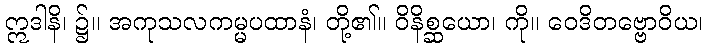
ဣဒါနိ၊ ၌။ အကုသလကမ္မပထာနံ၊ တို့၏။ ဝိနိစ္ဆယော၊ ကို။ ဝေဒိတဗ္ဗောဝိယ၊